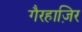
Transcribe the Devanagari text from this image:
गैरहाज़िर